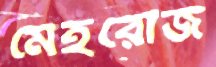
মেহরোজ